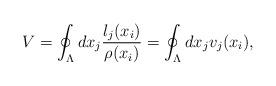
LaTeX: \begin{align*}V=\oint_{\Lambda}d x_j \frac{l_j(x_i)}{\rho (x_i)}=\oint_{\Lambda}d x_jv_j(x_i),\end{align*}